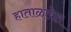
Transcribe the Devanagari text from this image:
हाताळावेत